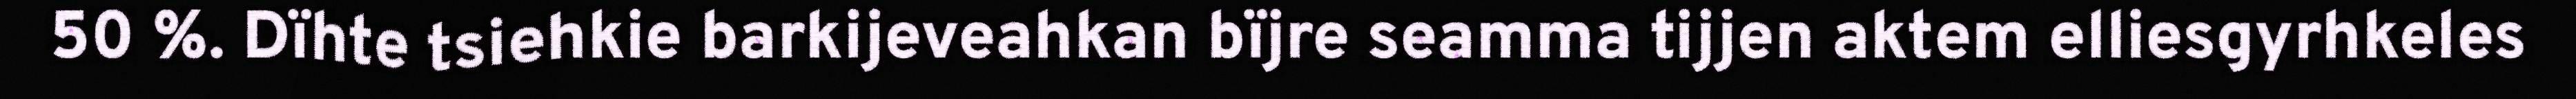
50 %. Dïhte tsiehkie barkijeveahkan bïjre seamma tijjen aktem elliesgyrhkeles